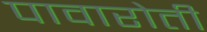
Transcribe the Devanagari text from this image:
पावारोती